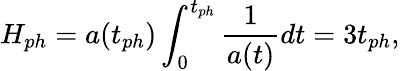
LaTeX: H_{ph}=a(t_{ph})\int_{0}^{t_{ph}}\frac{1}{a(t)}dt=3t_{ph},